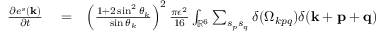
\begin{array} { r l r } { \frac { \partial e ^ { s } ( { \bf k } ) } { \partial t } } & { { } = } & { \left( \frac { 1 + 2 \sin ^ { 2 } \theta _ { k } } { \sin \theta _ { k } } \right) ^ { 2 } \frac { \pi \epsilon ^ { 2 } } { 1 6 } \int _ { { \mathbb { R } } ^ { 6 } } \sum _ { s _ { p } s _ { q } } \delta ( \Omega _ { k p q } ) \delta ( { \bf k } + { \bf p } + { \bf q } ) \quad \quad } \end{array}